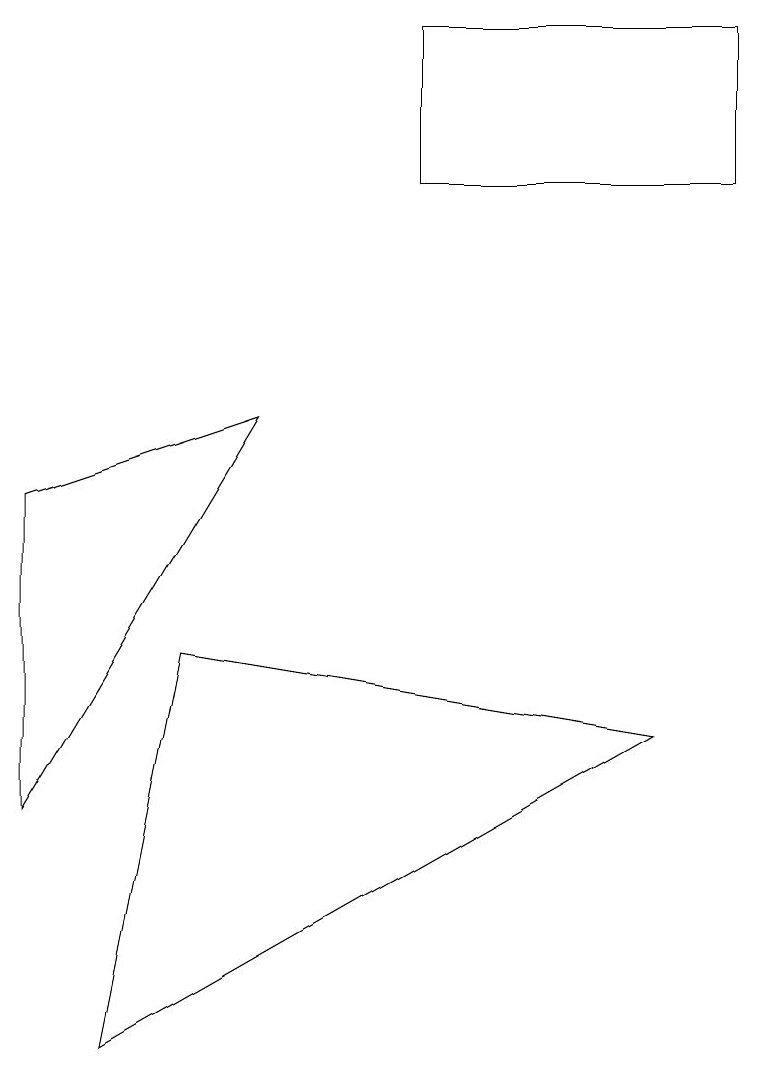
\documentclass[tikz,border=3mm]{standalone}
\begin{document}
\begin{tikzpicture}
\draw (2,5) -- (8,4) -- (1,0) -- cycle;
\draw (9,13) rectangle (5,11);
\draw (3,8) -- (0,3) -- (0,7) -- cycle;
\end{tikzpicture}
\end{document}